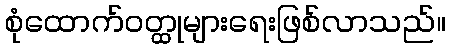
စုံထောက်ဝတ္ထုများရေးဖြစ်လာသည်။